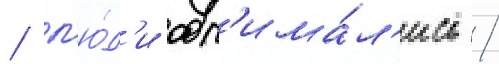
/ л'ю́д'и обн'има́л'ись /